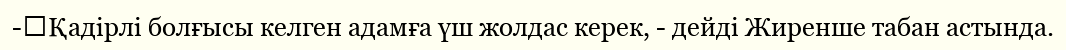
-	Қадірлі болғысы келген адамға үш жолдас керек, - дейді Жиренше табан астында.